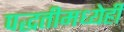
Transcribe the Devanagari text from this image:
पद्धतीमध्येही